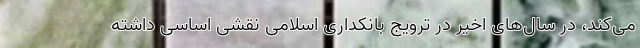
می‌کند، در سال‌های اخیر در ترویج بانکداری اسلامی نقشی اساسی داشته